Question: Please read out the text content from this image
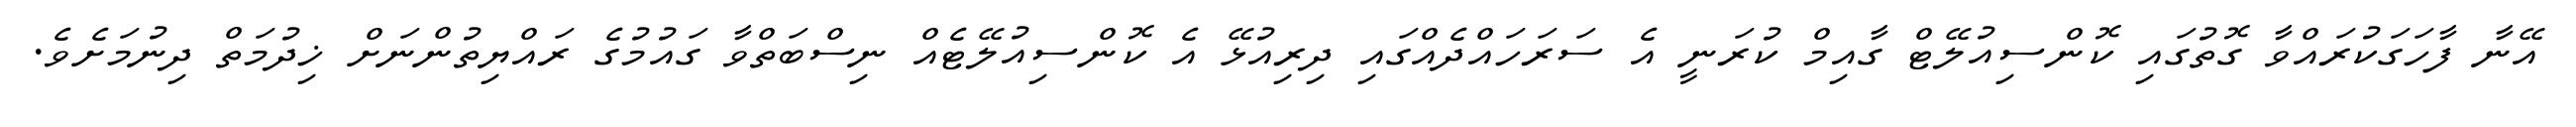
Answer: އޭނާ ފާހަގަކުރައްވާ ގޮތުގައި ކޮންސިއުލޭޓް ގާއިމް ކުރަނީ އެ ސަރަހައްދެއްގައި ދިރިއުޅޭ އެ ކޮންސިއުލޭޓެއް ނިސްބަތްވާ ގައުމުގެ ރައްޔިތުންނަށް ޚިދުމަތް ދިނުމަށެވެ.